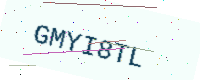
Text: GMYI8TL